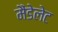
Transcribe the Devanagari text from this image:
मैंडेलेट